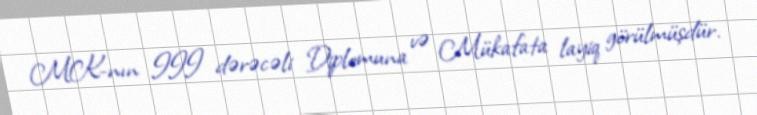
MK-nın III dərəcəli Diplomuna və Mükafata layiq görülmüşdür.